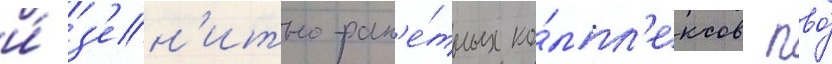
и́ з'ен'итно-рак'е́тных ко́мпл'ексов пво́